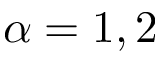
\alpha = 1 , 2